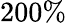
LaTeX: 200\%